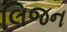
લિજન